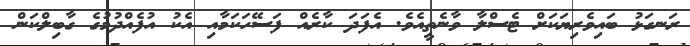
ރަނގަޅު ބައިވެރިޔަކަށް ޓެސްލާ ވާނެތީއެވެ. އެފަދަ ކާރެއް ފަސޭހަކަމާއި އެކު އުފެއްދުމުގެ ގާބިލްކަން